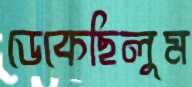
ডেকেছিলুম